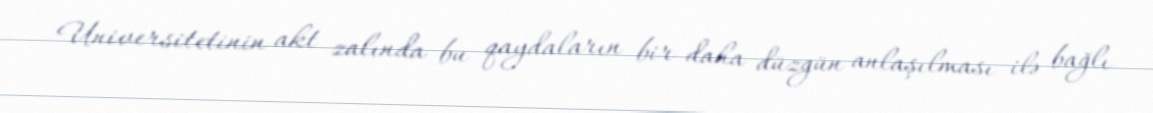
Universitetinin akt zalında bu qaydaların bir daha düzgün anlaşılması ilə bağlı